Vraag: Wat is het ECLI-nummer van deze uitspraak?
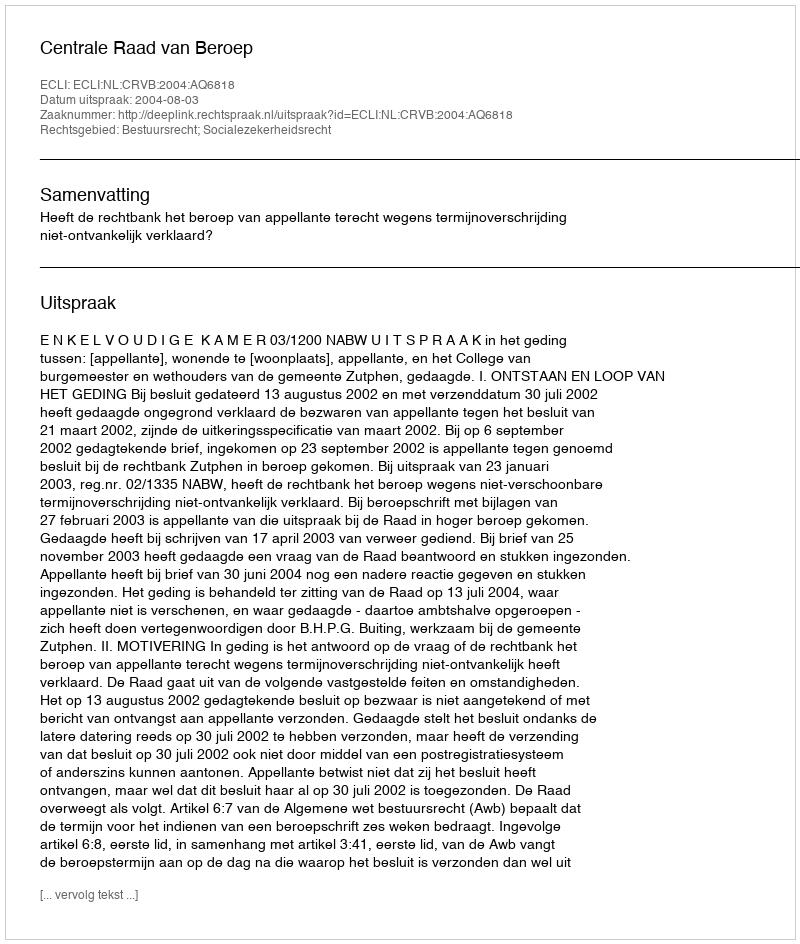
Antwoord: ECLI:NL:CRVB:2004:AQ6818